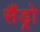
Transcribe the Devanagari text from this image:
सैंड्रो